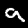
Label: 9